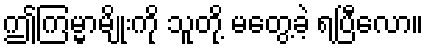
ဤကြမ္မာမျိုးကို သူတို့ မတွေ့ခဲ့ ရပြီလော။